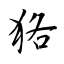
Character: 狢